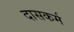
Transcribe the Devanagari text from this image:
दासकर्म